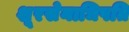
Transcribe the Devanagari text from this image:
शूरसेनाधिपति